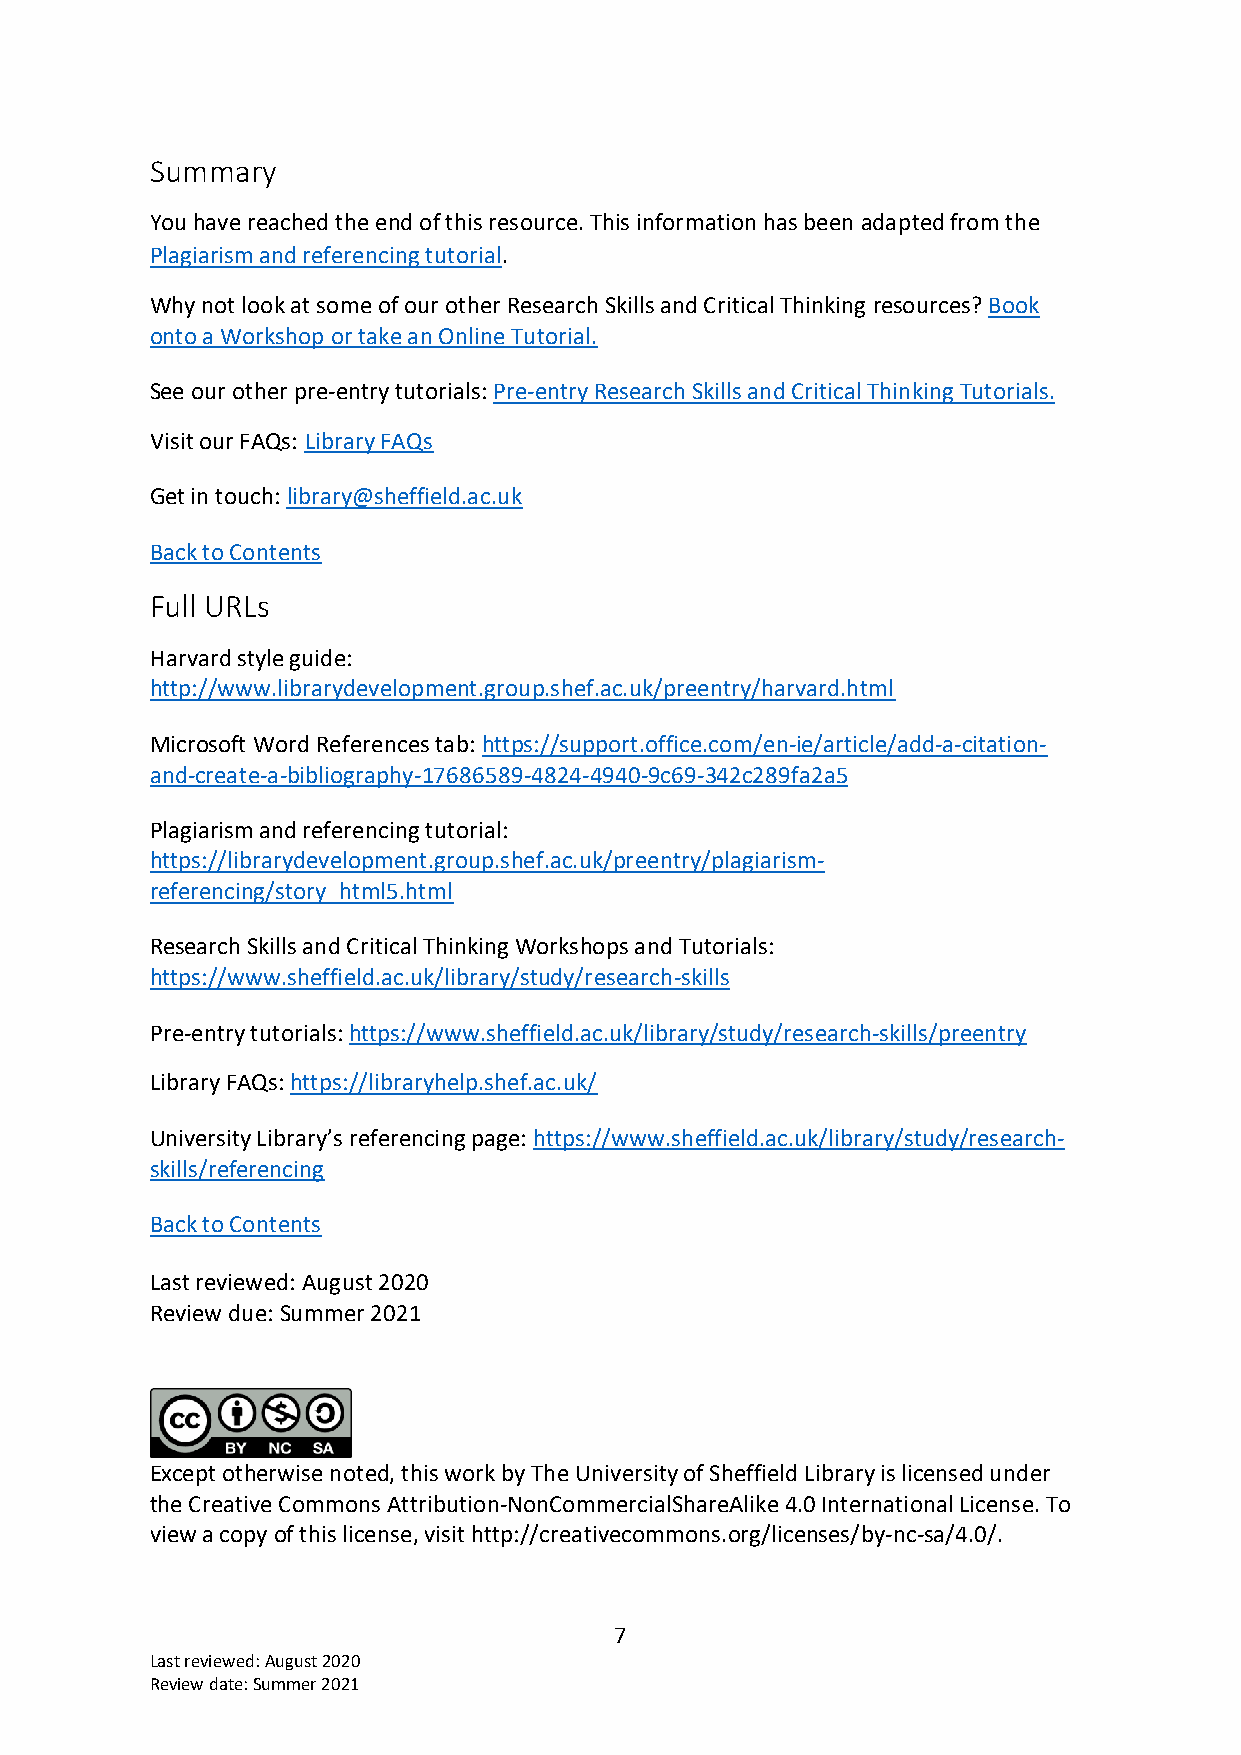
Summary
 You have reached the end of this resource. This information has been adapted from the
 Plagiarism and referencing tutorial.
 Why not look at some of our other Research Skills and Critical Thinking resources? Book
 onto a Workshop or take an Online Tutorial.
 See our other pre-entry tutorials: Pre-entry Research Skills and Critical Thinking Tutorials.
 Visit our FAQs: Library FAQs
 Get in touch: library@sheffield.ac.uk
 Back to Contents
 Full URLs
 Harvard style guide:
 http://www.librarydevelopment.group.shef.ac.uk/preentry/harvard.html
 Microsoft Word References tab: https://support.office.com/en-ie/article/add-a-citation-
 and-create-a-bibliography-17686589-4824-4940-9c69-342c289fa2a5
 Plagiarism and referencing tutorial:
 https://librarydevelopment.group.shef.ac.uk/preentry/plagiarism-
 referencing/story_html5.html
 Research Skills and Critical Thinking Workshops and Tutorials:
 https://www.sheffield.ac.uk/library/study/research-skills
 Pre-entry tutorials: https://www.sheffield.ac.uk/library/study/research-skills/preentry
 Library FAQs: https://libraryhelp.shef.ac.uk/
 University Library’s referencing page: https://www.sheffield.ac.uk/library/study/research-
 skills/referencing
 Back to Contents
 Last reviewed: August 2020
 Review due: Summer 2021
 Except otherwise noted, this work by The University of Sheffield Library is licensed under
 the Creative Commons Attribution-NonCommercialShareAlike 4.0 International License. To
 view a copy of this license, visit http://creativecommons.org/licenses/by-nc-sa/4.0/.
 7
 Last reviewed: August 2020
 Review date: Summer 2021